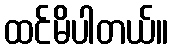
ထင်မိပါတယ်။